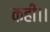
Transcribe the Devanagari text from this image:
कही।।